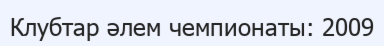
Клубтар әлем чемпионаты: 2009